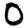
Digit: 0